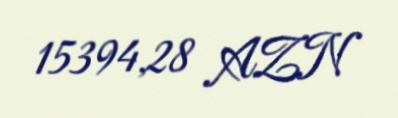
15394,28 AZN